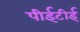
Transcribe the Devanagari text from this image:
पीईटीई